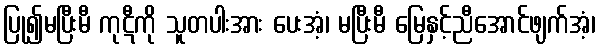
ပြု၍မပြီးမီ ကုဋီကို သူတပါးအား ပေးအံ့၊ မပြီးမီ မြေနှင့်ညီအောင်ဖျက်အံ့၊